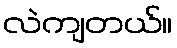
လဲကျတယ်။